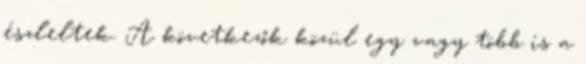
észleltek. A következők közül egy vagy több is a